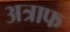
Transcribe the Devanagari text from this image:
अत्राफ